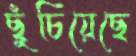
ছুঁচিয়েছে